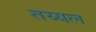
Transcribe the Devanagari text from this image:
तय्यल